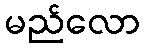
မည်လော